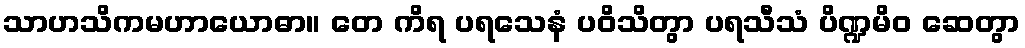
သာဟသိကမဟာယောဓာ။ တေ ကိရ ပရသေနံ ပဝိသိတွာ ပရသီသံ ပိဏ္ဍမိဝ ဆေတွာ